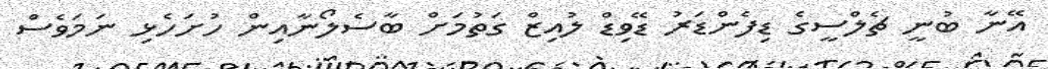
އޭނާ ބުނީ ޗެލްސީގެ ޑިފެންޑަރު ޑޭވިޑް ލުއިޒް ގަތުމަށް ބާސެލޯނާއިން ހުށަހެޅި ނަމަވެސް